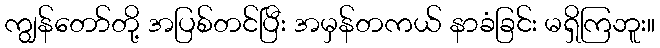
ကျွန်တော်တို့ အပြစ်တင်ပြီး အမှန်တကယ် နာခံခြင်း မရှိကြဘူး။